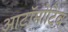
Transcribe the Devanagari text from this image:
आटॉमोटिव